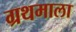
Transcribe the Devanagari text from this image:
ग्रथमाला